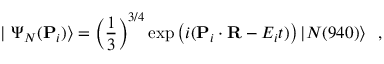
| ~ \Psi _ { N } ( { \bf P } _ { i } ) \rangle = \left( { \frac { 1 } { 3 } } \right) ^ { 3 / 4 } \exp \left( i ( { \bf P } _ { i } \cdot { \bf R } - E _ { i } t ) \right) | N ( 9 4 0 ) \rangle ~ ~ ,